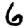
Digit: 6